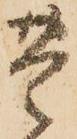
豊